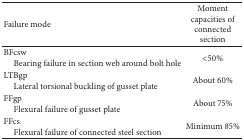
| Failure mode | Moment capacities of connected section |
 | --- | --- |
 | BFcsw Bearing failure in section web around bolt hole | <50% |
 | LTBgp Lateral torsional buckling of gusset plate | About 60% |
 | FFgp Flexural failure of gusset plate | About 75% |
 | FFcs Flexural failure of connected steel section | Minimum 85% |